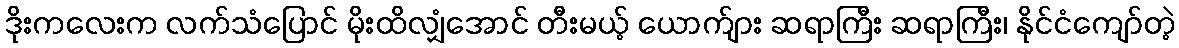
ဒိုးကလေးက လက်သံပြောင် မိုးထိလျှံအောင် တီးမယ့် ယောက်ျား ဆရာကြီး ဆရာကြီး၊ နိုင်ငံကျော်တဲ့